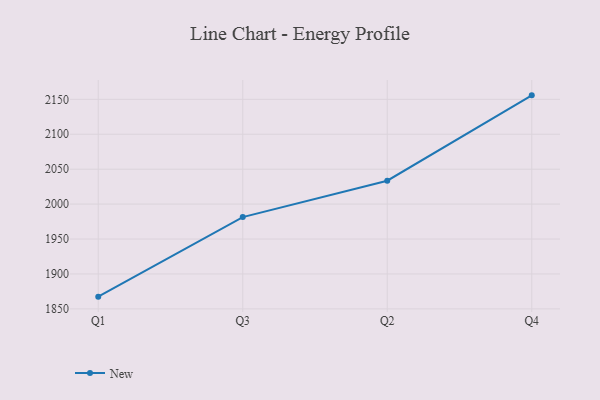
{"axis": {"x": "Quarter", "y": "Churn Rate (%)"}, "legend": ["New"], "data": [{"x": "Q1", "y": 1867.5, "type": "New"}, {"x": "Q3", "y": 1981.4, "type": "New"}, {"x": "Q2", "y": 2033.5, "type": "New"}, {"x": "Q4", "y": 2155.7, "type": "New"}]}